Proceedings of the meeting of veterinary officers in India
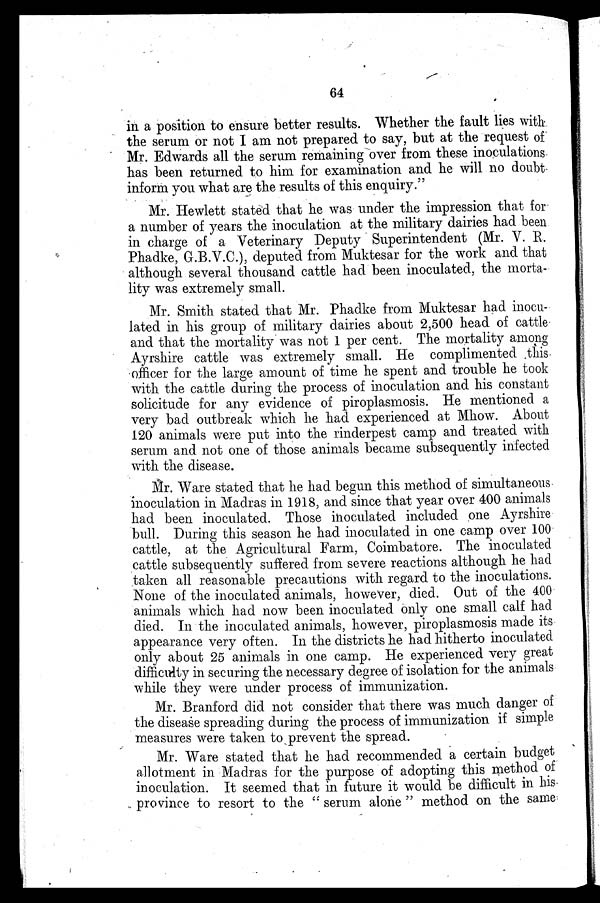
64
in a position to ensure better results. Whether the fault lies with
the serum or not I am not prepared to say, but at the request of
Mr. Edwards all the serum remaining over from these inoculations
has been returned to him for examination and he will no doubt
inform you what are the results of this enquiry."
Mr. Hewlett stated that he was under the impression that for
a number of years the inoculation at the military dairies had been
in charge of a Veterinary Deputy Superintendent (Mr. V. E.
Phadke, G.B.V.C.), deputed from Muktesar for the work and that
although several thousand cattle had been inoculated, the morta-
lity was extremely small.
Mr. Smith stated that Mr. Phadke from Muktesar had inocu-
lated in his group of military dairies about 2,500 head of cattle
and that the mortality was not 1 per cent. The mortality among
Ayrshire cattle was extremely small. He complimented this
officer for the large amount of time he spent and trouble he took
with the cattle during the process of inoculation and his constant
solicitude for any evidence of piroplasmosis. He mentioned a
very bad outbreak which he had experienced at Mhow. About
120 animals were put into the rinderpest camp and treated with
serum and not one of those animals became subsequently infected
with the disease.
Mr. Ware stated that he had begun this method of simultaneous
inoculation in Madras in 1918, and since that year over 400 animals
had been inoculated. Those inoculated included one Ayrshire
bull. During this season he had inoculated in one camp over 100
cattle, at the Agricultural Farm, Coimbatore. The inoculated
cattle subsequently suffered from severe reactions although he had
taken all reasonable precautions with regard to the inoculations.
None of the inoculated animals, however, died. Out of the 400
animals which had now been inoculated only one small calf had
died. In the inoculated animals, however, piroplasmosis made its
appearance very often. In the districts he had hitherto inoculated
only about 25 animals in one camp. He experienced very great
difficulty in securing the necessary degree of isolation for the animals
while they were under process of immunization.
Mr. Branford did not consider that there was much danger of
the disease spreading during the process of immunization if simple
measures were taken to prevent the spread.
Mr. Ware stated that he had recommended a certain budget
allotment in Madras for the purpose of adopting this method of
inoculation. It seemed that in future it would be difficult in his
province to resort to the "serum alone" method on the same